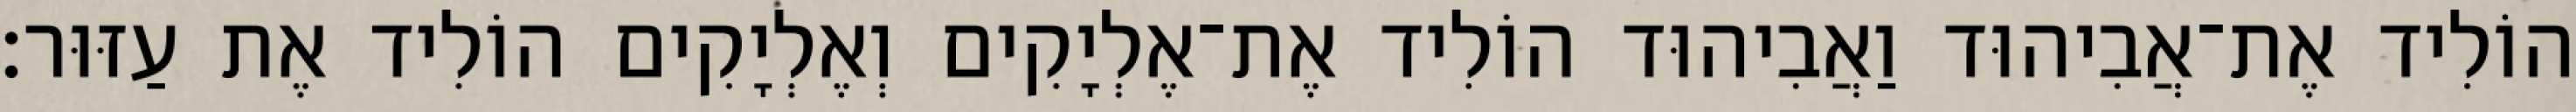
הוֹלִיד אֶת־אֲבִיהוּד וַאֲבִיהוּד הוֹלִיד אֶת־אֶלְיָקִים וְאֶלְיָקִים הוֹלִיד אֶת עַזּוּר׃